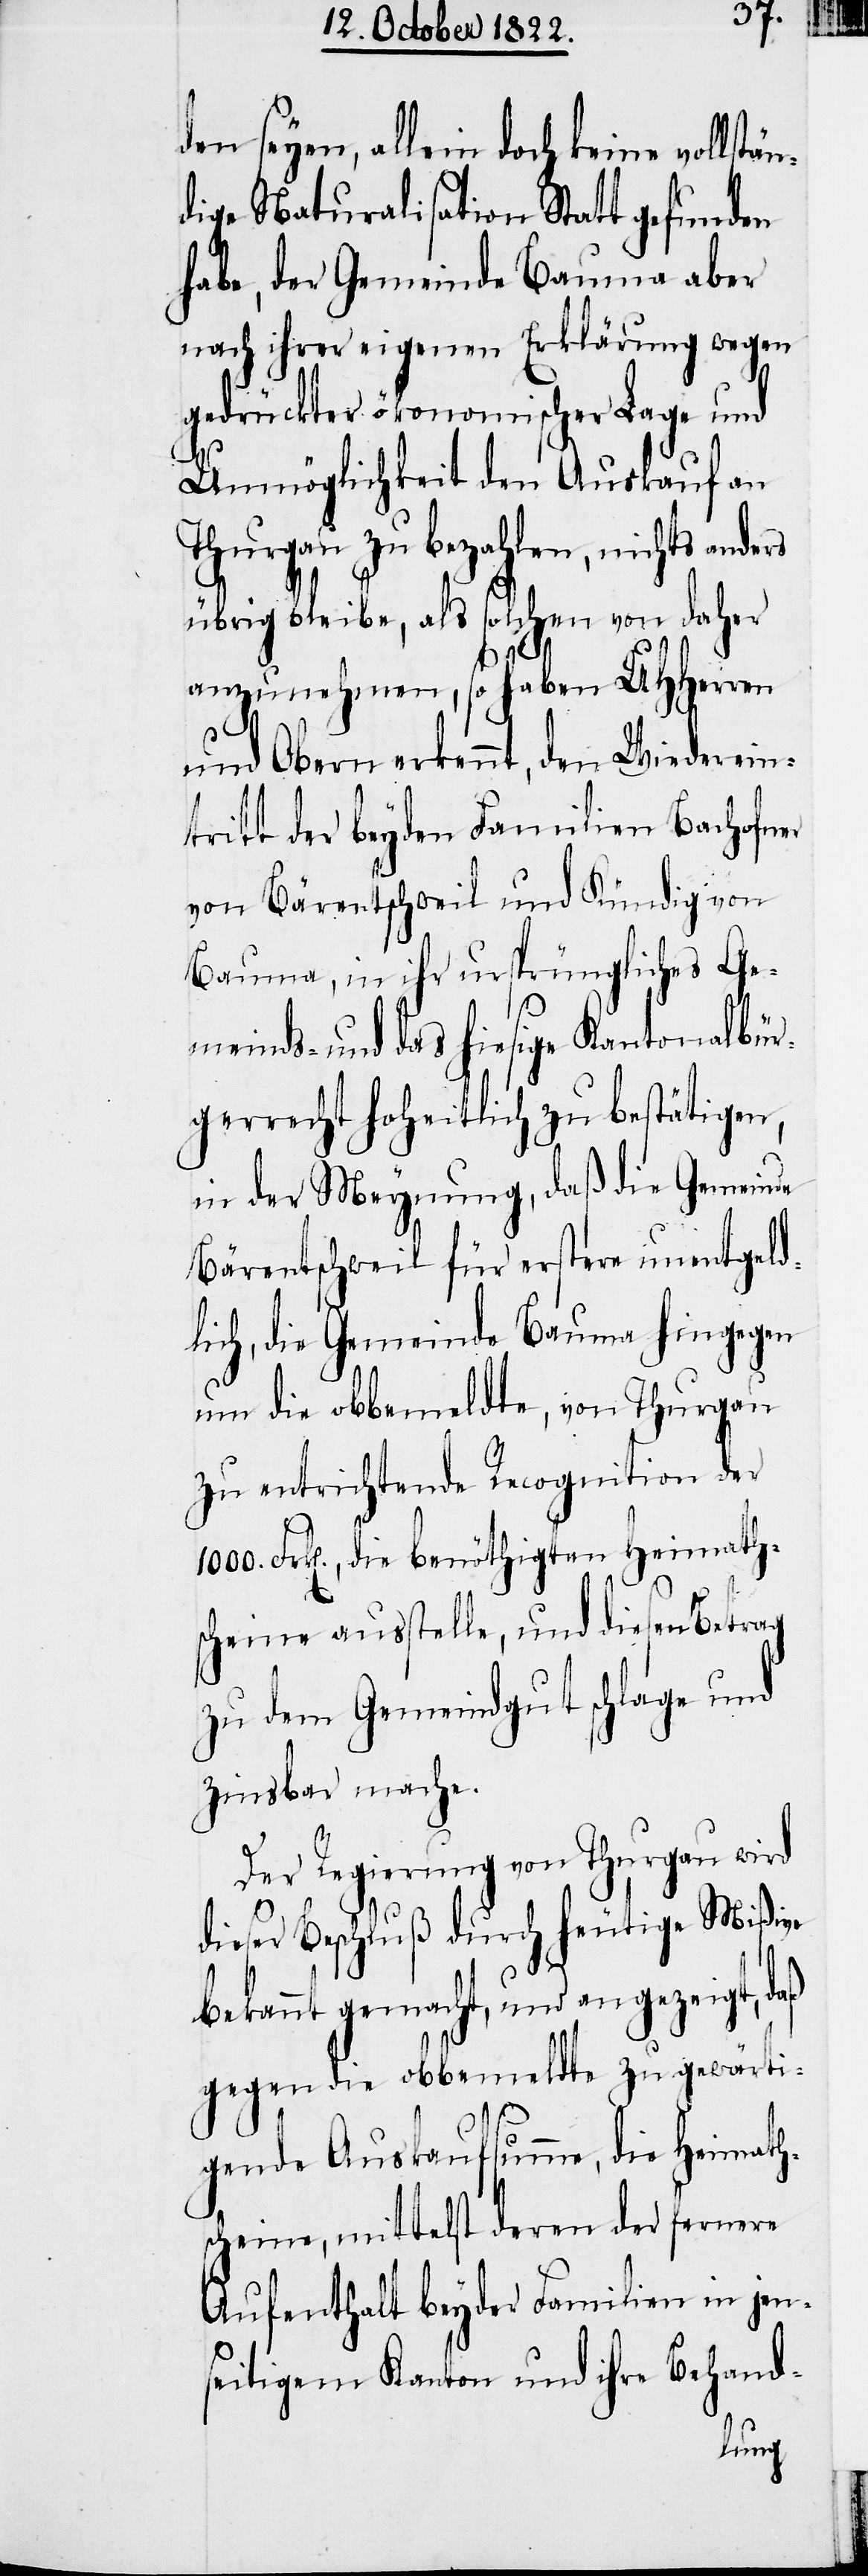
den seyen, allein doch keine volls¬
dige Naturalisation Statt gefunden
habe, der Gemeinde Bauma aber
nach ihrer eigenen Erklärung wegen
gedrückter ökonomischer Lage und
Unmöglichkeit den Auskauf an
Thurgau zu bezahlen, nichts anders
übrig bleibe, als solchen von daher
anzunehmen, so haben UHHerren
und Obern erkennt, den Wiederein¬
tritt der beyden Familien Bachofner
von Bärentschweil und Kündig von
Bauma, in ihr ursprüngliches Ge¬
meinds- und das hiesige Kantonalbür¬
gerrecht hoheitlich zu bestätigen,
in der Meynung, daß die Gemeinde
Bärentschweil für erstere unentgeld¬
lich, die Gemeinde Bauma hingegen
um die obbemeldte, von Thurgau
zu entrichtende Recognition der
scheine ausstelle, und diesen Betrag
zu dem Gemeindgut schlage und
zinsbar mache.
Der Regierung von Thurgau wird
dieser Beschluß durch heutige Mißive
bekannt gemacht, und angezeigt,
gegen die obbemeldte zu gewärti¬
gende Auskaufsumme, die Heimath¬
scheine, mittelst deren der fernere
Aufenthalt beyder Familien in jen¬
seitigem Kanton und ihre Behand-
math¬